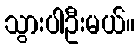
သွားပါဦးမယ်။